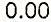
0.00